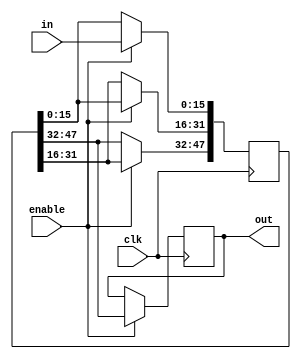
module shifter #(
  parameter LENGTH = 3,
  parameter DATA_WIDTH = 16
) (
  input clk,
  input enable,
  input [DATA_WIDTH-1 : 0] in,
  output reg [DATA_WIDTH-1 : 0] out = 0
);
  reg [DATA_WIDTH*LENGTH-1 : 0] inner_shifters = 0;
  integer i;
  always @(posedge clk ) begin
    if (enable) begin
      inner_shifters[DATA_WIDTH-1 : 0] <= in;
      out <= inner_shifters[DATA_WIDTH*LENGTH-1 -: DATA_WIDTH];
      for (i=1; i<LENGTH; i=i+1) 
        inner_shifters[DATA_WIDTH*(i+1) - 1 -: DATA_WIDTH] 
        <= inner_shifters[DATA_WIDTH*i - 1 -: DATA_WIDTH];
    end else begin
      out <= out;
      inner_shifters <= inner_shifters;
    end
  end  
endmodule

module triangle_shifter_array_4 #(
  parameter HIGHT = 4,
  parameter DATA_WIDTH = 16 
) (
  input clk,
  input enable,
  input [DATA_WIDTH*HIGHT-1 : 0] in,
  output [DATA_WIDTH*HIGHT-1 : 0] out
);
  reg [DATA_WIDTH-1:0] lowest = 0;
  genvar i;
  assign out[DATA_WIDTH-1 -: DATA_WIDTH] = lowest;
  always @(posedge clk) 
    lowest <= in[DATA_WIDTH-1 -: DATA_WIDTH];
  generate for( i = 1; i< HIGHT; i=i+1) begin
      shifter #(i, DATA_WIDTH) shifter (clk, enable, in[DATA_WIDTH*(i+1)-1 -: DATA_WIDTH], out[DATA_WIDTH*(i+1)-1 -: DATA_WIDTH]);
  end endgenerate
endmodule

module test();
  reg clk = 0;
  reg [31:0] in;
  reg enable = 1;
  wire [31:0] out;
  triangle_shifter_array_4 #(4,8) hahaha (clk, enable, in, out);
  
  always # 1 begin 
    // $display("out[3]: %d, out[2]: %d, out[1]: %d, out[0]: %d", out[31:24], out[23:16], out[15:8], out[7:0]);
    $display("%d  %d  %d  %d", out[31:24], out[23:16], out[15:8], out[7:0]);
    clk = !clk; 
  end
  
  initial begin
    # 0 in = 0;
    # 1 in[31:24] = 0; in[23:16] = 0; in[15:8] = 0; in[7:0] = 0;
    # 1 in[31:24] = 0; in[23:16] = 0; in[15:8] = 0; in[7:0] = 0;
    # 1 in[31:24] = 0; in[23:16] = 0; in[15:8] = 0; in[7:0] = 0;
    # 1 in[31:24] = 1; in[23:16] = 1; in[15:8] = 1; in[7:0] = 1;
    # 1 in[31:24] = 1; in[23:16] = 1; in[15:8] = 1; in[7:0] = 1;
    # 1 in[31:24] = 0; in[23:16] = 0; in[15:8] = 0; in[7:0] = 0;
    # 1 in[31:24] = 0; in[23:16] = 0; in[15:8] = 0; in[7:0] = 0;
    # 1 in[31:24] = 1; in[23:16] = 1; in[15:8] = 1; in[7:0] = 1;
    # 1 in[31:24] = 1; in[23:16] = 1; in[15:8] = 1; in[7:0] = 1;
    # 1 in[31:24] = 0; in[23:16] = 0; in[15:8] = 0; in[7:0] = 0;
    # 1 in[31:24] = 0; in[23:16] = 0; in[15:8] = 0; in[7:0] = 0;
    # 20 $stop;
  end
  
endmodule